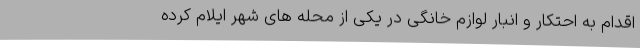
اقدام به احتکار و انبار لوازم خانگی در یکی از محله های شهر ایلام کرده